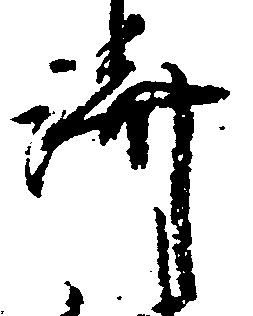
済